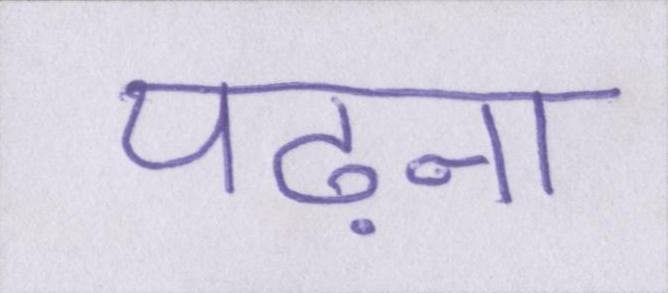
पढ़ना